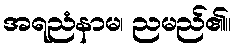
အရညံနာမ၊ ညမည်၏။